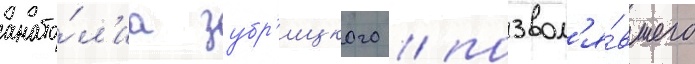
анато́л'иа зубр'ицкого / позвол'я́вшего